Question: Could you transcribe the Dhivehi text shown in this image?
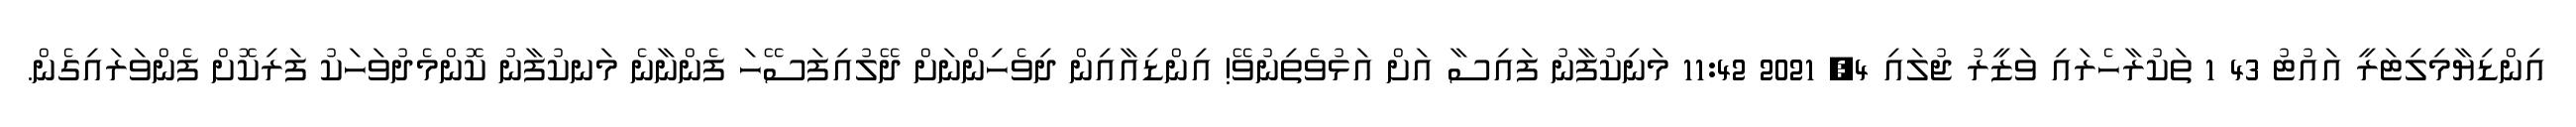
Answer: އިންޑިޔާމިލިޓަރީ އައުޓު 43 1 ތަކުރާހެރައި ވަޒީރު ޖުލައި 4, 2021 11:42 މަނިކުފާނު ފައިސާ އަށް އަޅުވެތިނުވޭ! އިންޑިއާއިން ދިވެހިންނަށް ދޭލުއިފަސޭހަ ފެންނާނެ މަނކުފާނު ކޮންމެދުވަހަކު ފަރިކޮށް ފެންވަރައިގެން.